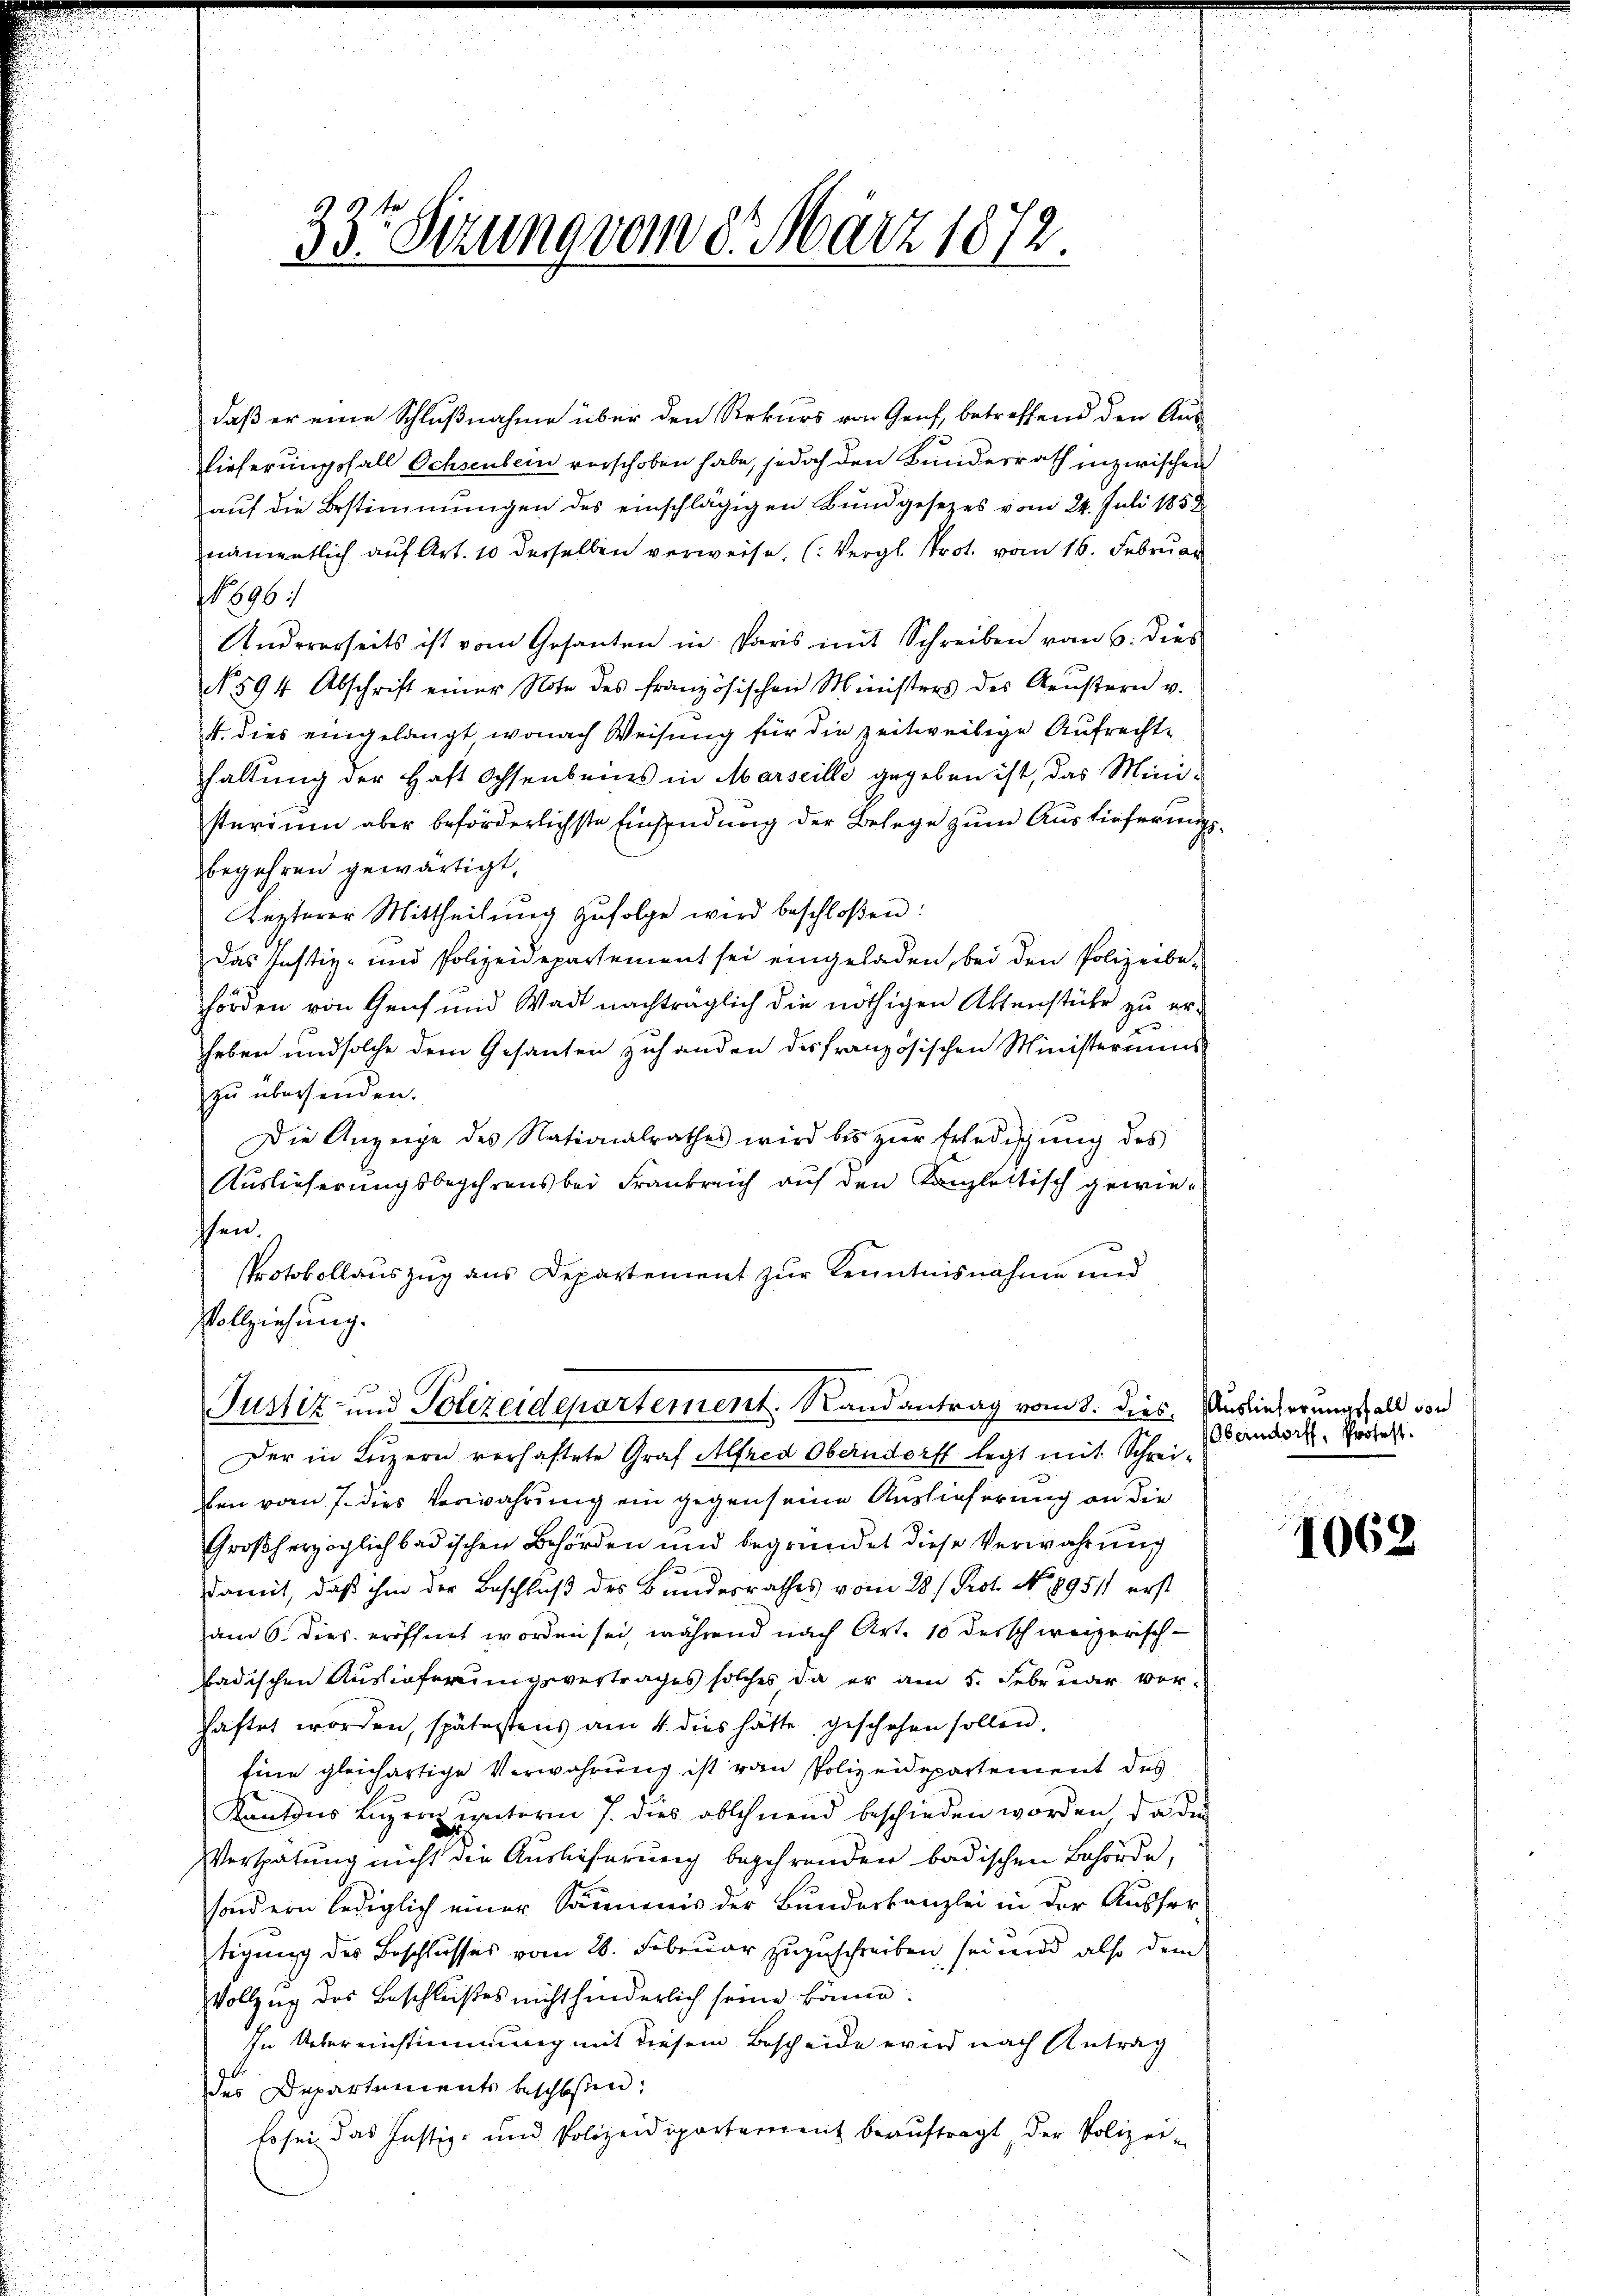
33te Sitzung vom 8. März 1872.

daß er eine Schlußnahme über den Rekurs von Genf, betreffend den Aus-
lieferungsfall Ochsenbein verschoben habe, jedoch den Bundesrath inzwischen
auf die Bestimmungen des einschlägigen Bundgesetzes vom 24. Juli 1858
namentlich auf Art. 10 derselben verweise. (Vergl. Prot. vom 16. Februar
696:
Andererseits ist vom Gesanten in Paris mit Schreiben vom 6. dies
No. 594 Abschrift einer Note des französischen Ministers des Neŭstern v.
1. dies eingelangt, wonach Weisung für die zeitweilige Aufrechthaltung der Haft Ochsenbeins in Marseille gegeben ist, das Mini-
sterium aber beförderlichste Einsendung der Belege zum Auslieferungsbegehren gewärtigt.
Lezterer Mittheilŭng zŭfolge wird beschloßen:
Das Justiz- und Polizeidepartement sei eingeladen, bei den Polizeibe-
hörden von Genf und Wadt nachträglich die nöthigen Aktenstücke zu erheben und solche dem Gesanten zuhanden des französischen Ministeriums
zu übersenden.
Die Anzeige des Nationalrathes wird bis zŭr Erledigŭng des
Auslieferungsbegehrens bei Frankreich auf den Kanzlettisch gewiesen.
Protokollauszug aus Departement zur Kenntnisnahme und
Vollziehung.
Justiz- und Polizeidepartement. Randantrag vom 8. dies. Auslieferungsfall von
Der in Luzern verhaftete Graf Alfred Oberndorff legt mit Schrei-
ben vom 7. dies Verwahrung ein gegen seine Auslieferung an die
Großherzoglich badischen Behörden und begründet diese Verwahrung
damit, daß ihm der Beschluß des Bundesrathes vom 28./ Prot. No. 189511 erst
am 6. dies. eröffnet worden sei, während nach Art. 10 derschweizerisch-
badischen Auslieferungsvertrages solches da er am 5. Februar vorshaftet worden, spätestens am 4. dies hätte geschehen sollen.
Eine gleichartige Verwahrung ist von Polizeidepartement des
Kantons Luzern unterm 7. dies ablehnend beschieden worden, da die
Verspätung nicht die Auslieferung begehrenden badischen Behörde,
sondern lediglich einer Säumnis der Bundeskanzlei in der Ausser
tigung des Beschlusses vom 28. Februar zugeschreiben, sei und also dem
VVollzug des Beschlußes nicht hinderlich seine könne.
In Übereinstimmung mit diesem Bescheide wird nach Antrag
des Departements beschloßen:
Es sei das Justiz- und Polizeidepartement beauftragt der Polizei-

Oberndorff, Profest.

1062